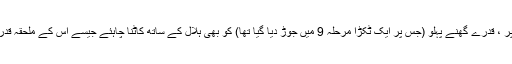
اس کے بعد ، نتیجے کے طور پر ، قدرے گھنے پہلو (جس پر ایک ٹکڑا مرحلہ 9 میں جوڑ دیا گیا تھا) کو بھی ہلال کے ساتھ کاٹنا چاہئے جیسے اس کے ملحقہ قدرے پتلی آدھے حصے کی طرح۔